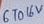
Text: 6 TO 16V